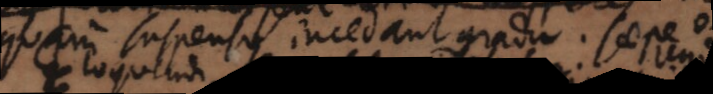
quam suspenso incedant gradu. Saepe